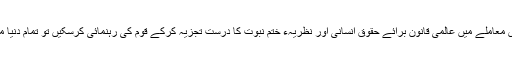
اس کے ساتھ ہی اگر وہ اس معاملے میں عالمی قانون برائے حقوقِ انسانی اور نظریہء ختمِ نبوت کا درست تجزیہ کرکے قوم کی رہنمائی کرسکیں تو تمام دنیا میں انکی آواز سنی جائیگی۔